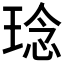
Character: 𤦬